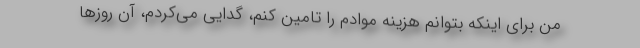
من برای اینکه بتوانم هزینه موادم را تامین کنم، گدایی می‌کردم، آن روزها